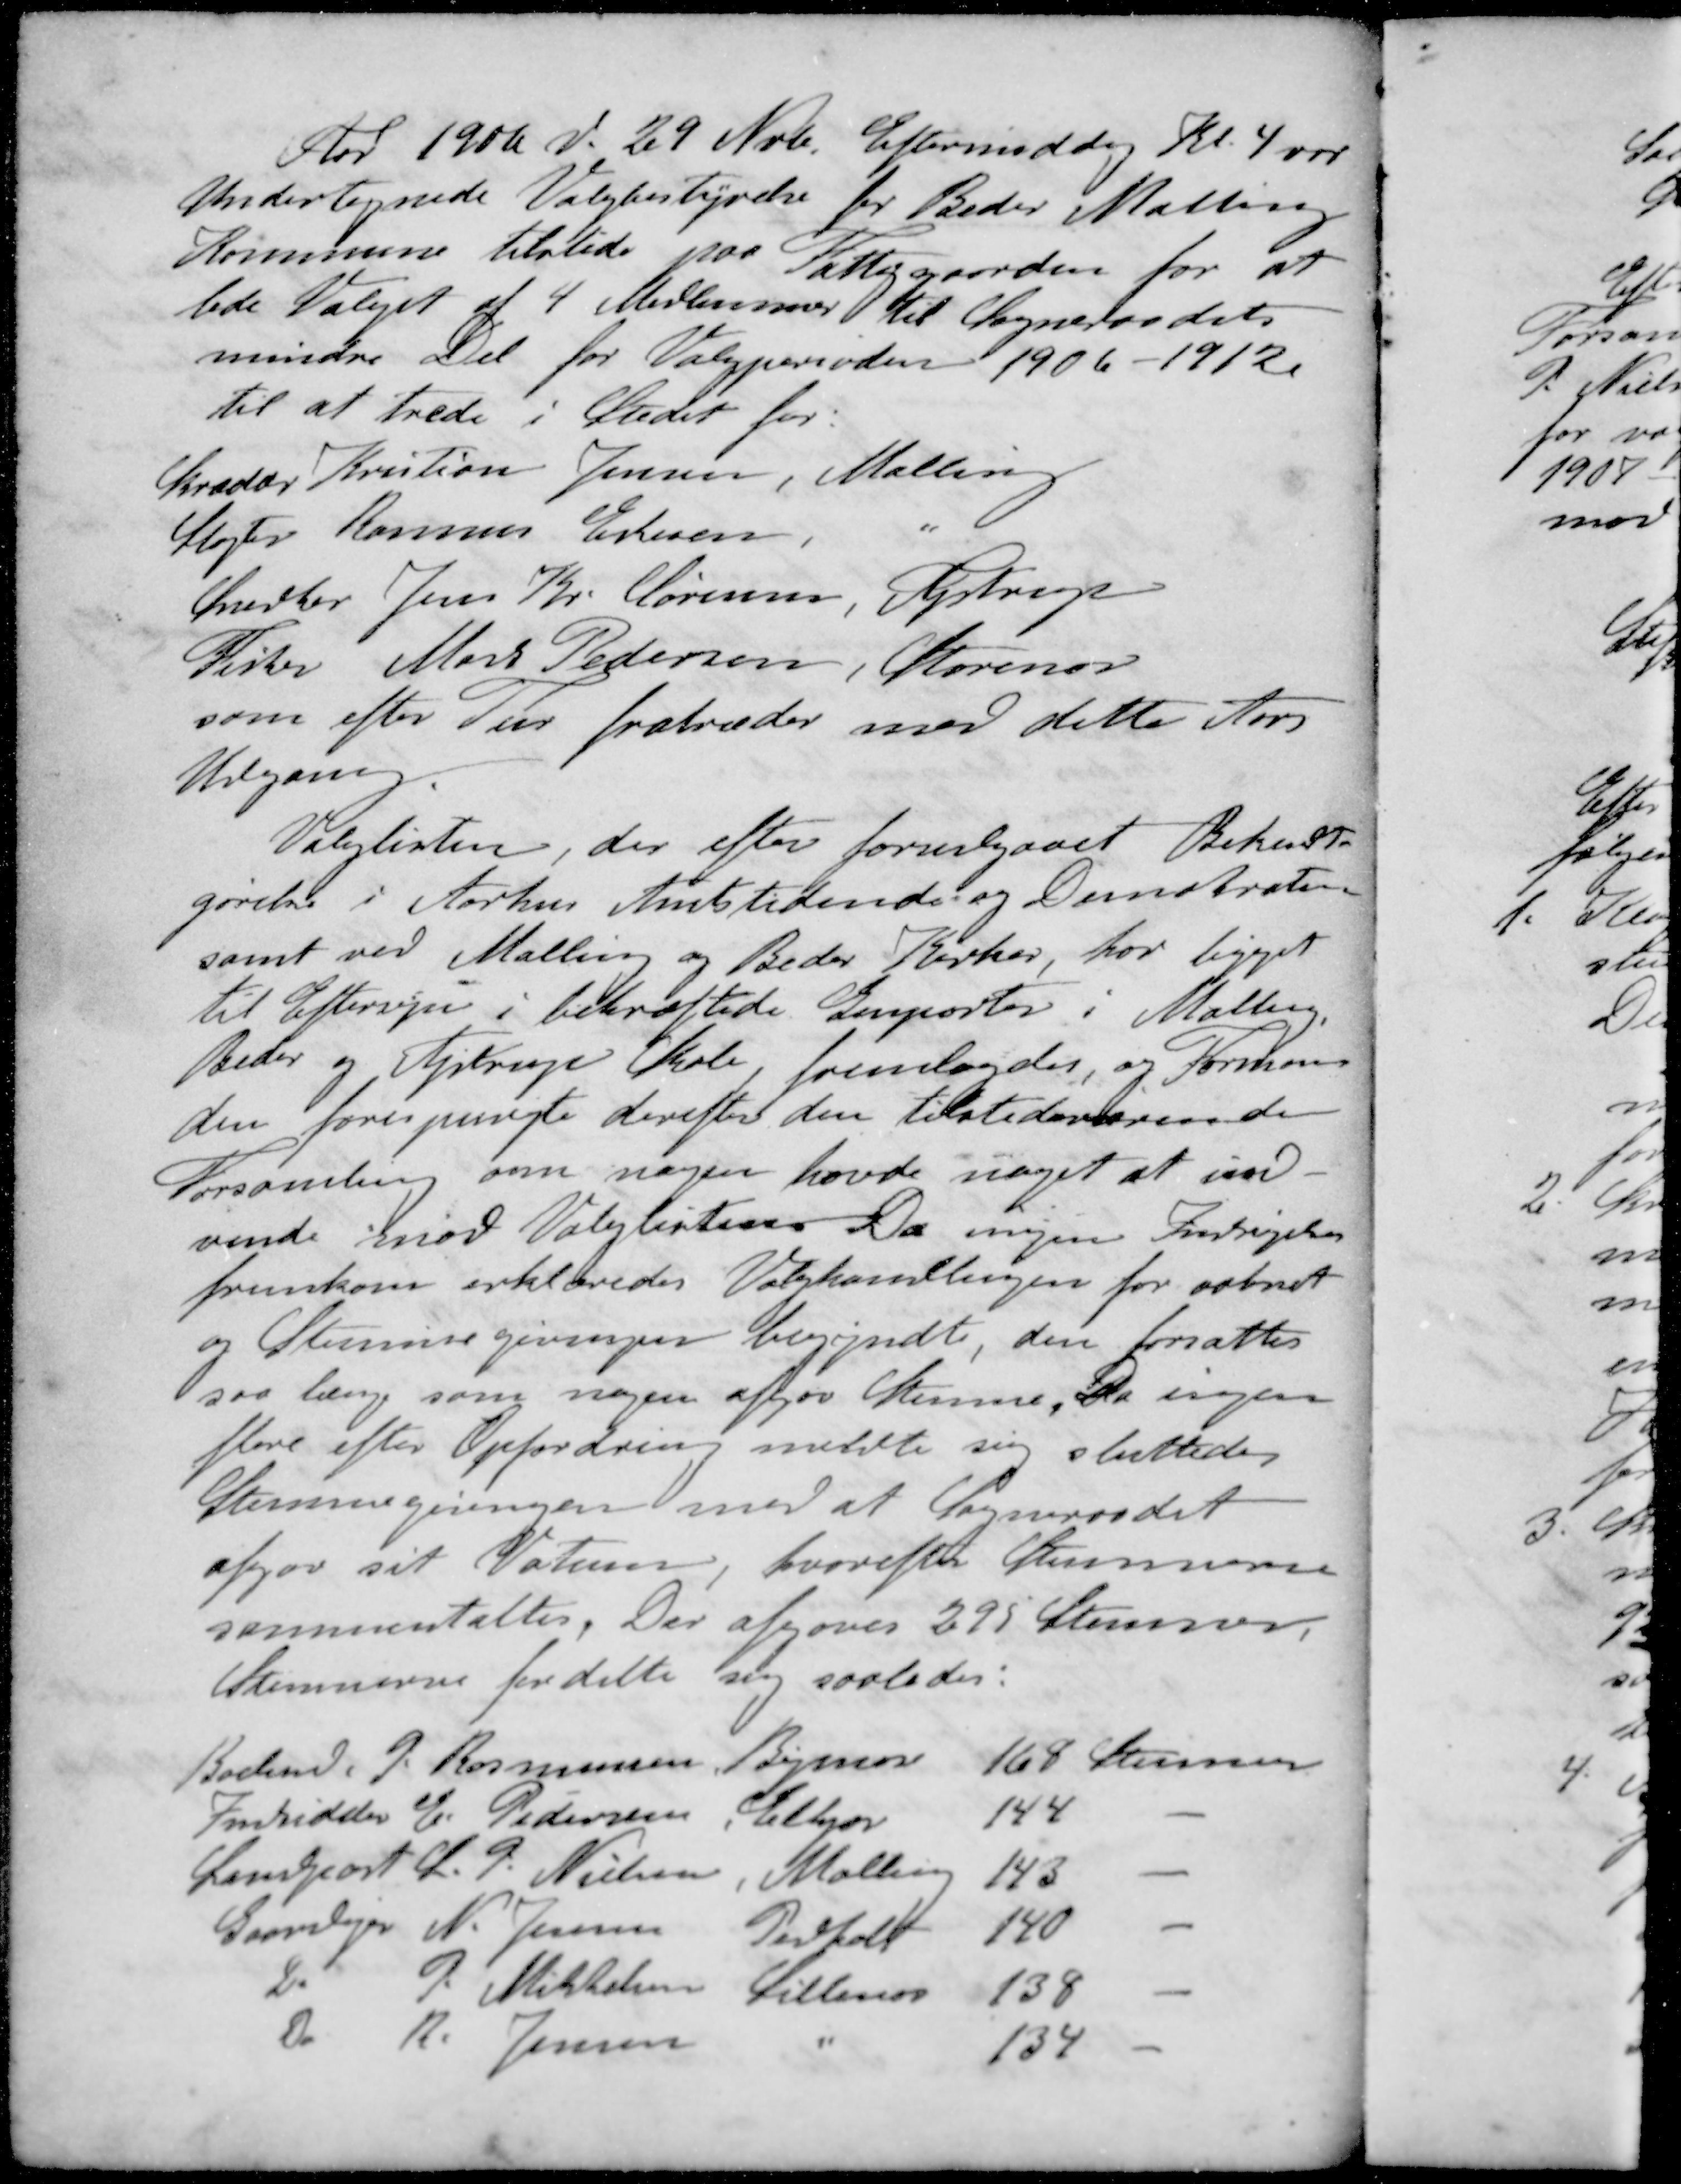
Transskription:
Aar 1906 d. 29 Nvb. Eftermiddag Kl. 4 var
Undertegnede Valgbestyrelse for Beder Malling
Kommune tilstede paa Fattiggaarden for at
lede Valget af 4 Medlemmer til Sogneraadets
mindre Del for Valgperioden 1906 - 1912.
til at trede i Stedet for:
Skrædder Kristian Jensen, Malling
Slagter Rasmus Eskesen, "
Snedker Jens Kr. Sørensen, Ajstrup
Fisker Mark Pedersen, Storenor
som efter Tur fratræder med dette Aars
Udgang
Valglisten, der efter forudgaaet Bekendt-
gørelse i Aarhus Amtstidende og Demokraten
samt ved Malling og Beder Kirker, har ligget
til Eftersyn i bekræftede Genparter i Malling.
Beder og Ajstrup Skole, fremlagdes, og Forman-
den forespurgte derefter den tilstedeværende -
Forsamling som nogen havde noget at ind-
vende imod Valglisten Da ingen Indsagelser
fremkom erklæredes Valghandlingen for aabnet
og Stemmegivningen begyndt, den forsattes
saa længe som nogen afgav Stemme. Da ingen
flere efter Opfordring meldte sig sluttedes
Stemmegivningen med at Sogneraadet
afgør sit Votum, hvorefter Stemmerne
sammentaltes. Der afgaves 295 Stemmer,
Stemmerne fordelte sig saaledes:
Boelsmd. J. Rasmussen Bymose 168 Stemmer
Indsidder C. Pedersen Elkjær 144 -
Landpost L. P. Nielsen Malling 143 -
Gaardejer N. Jensen Pedholt 140 -
Do P. Mikkelsen Lillenes 138 -
Do R. Jensen 134 -